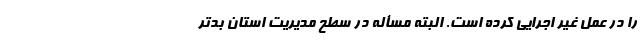
را در عمل غیر اجرایی کرده است. البته مسأله در سطح مدیریت استان بدتر